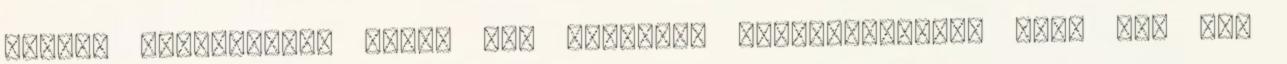
akiket érdekeikben sért. Egy rendszer átalakításakor van, aki úgy